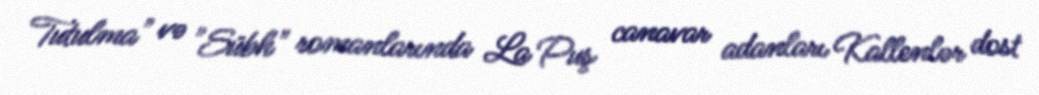
Tutulma" və "Sübh" romanlarında La Puş canavar adanları Kallenlər dost